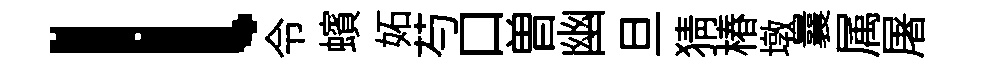
l令蠙妬芍口曽幽旦猜椿墩曩属屠